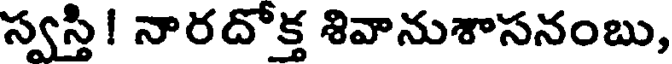
స్వస్తి! నారదోక్త శివానుశాసనంబు,